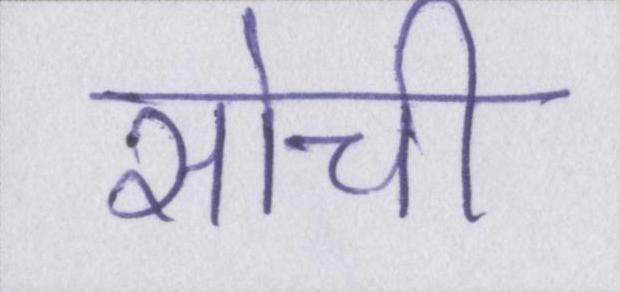
सोची